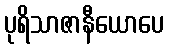
ပုရိသာဇာနီယောပေ